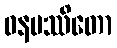
ဝနမဿိတော